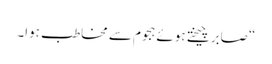
“صابر چیختے ہوئے ہجوم سے مخاطب ہوا۔